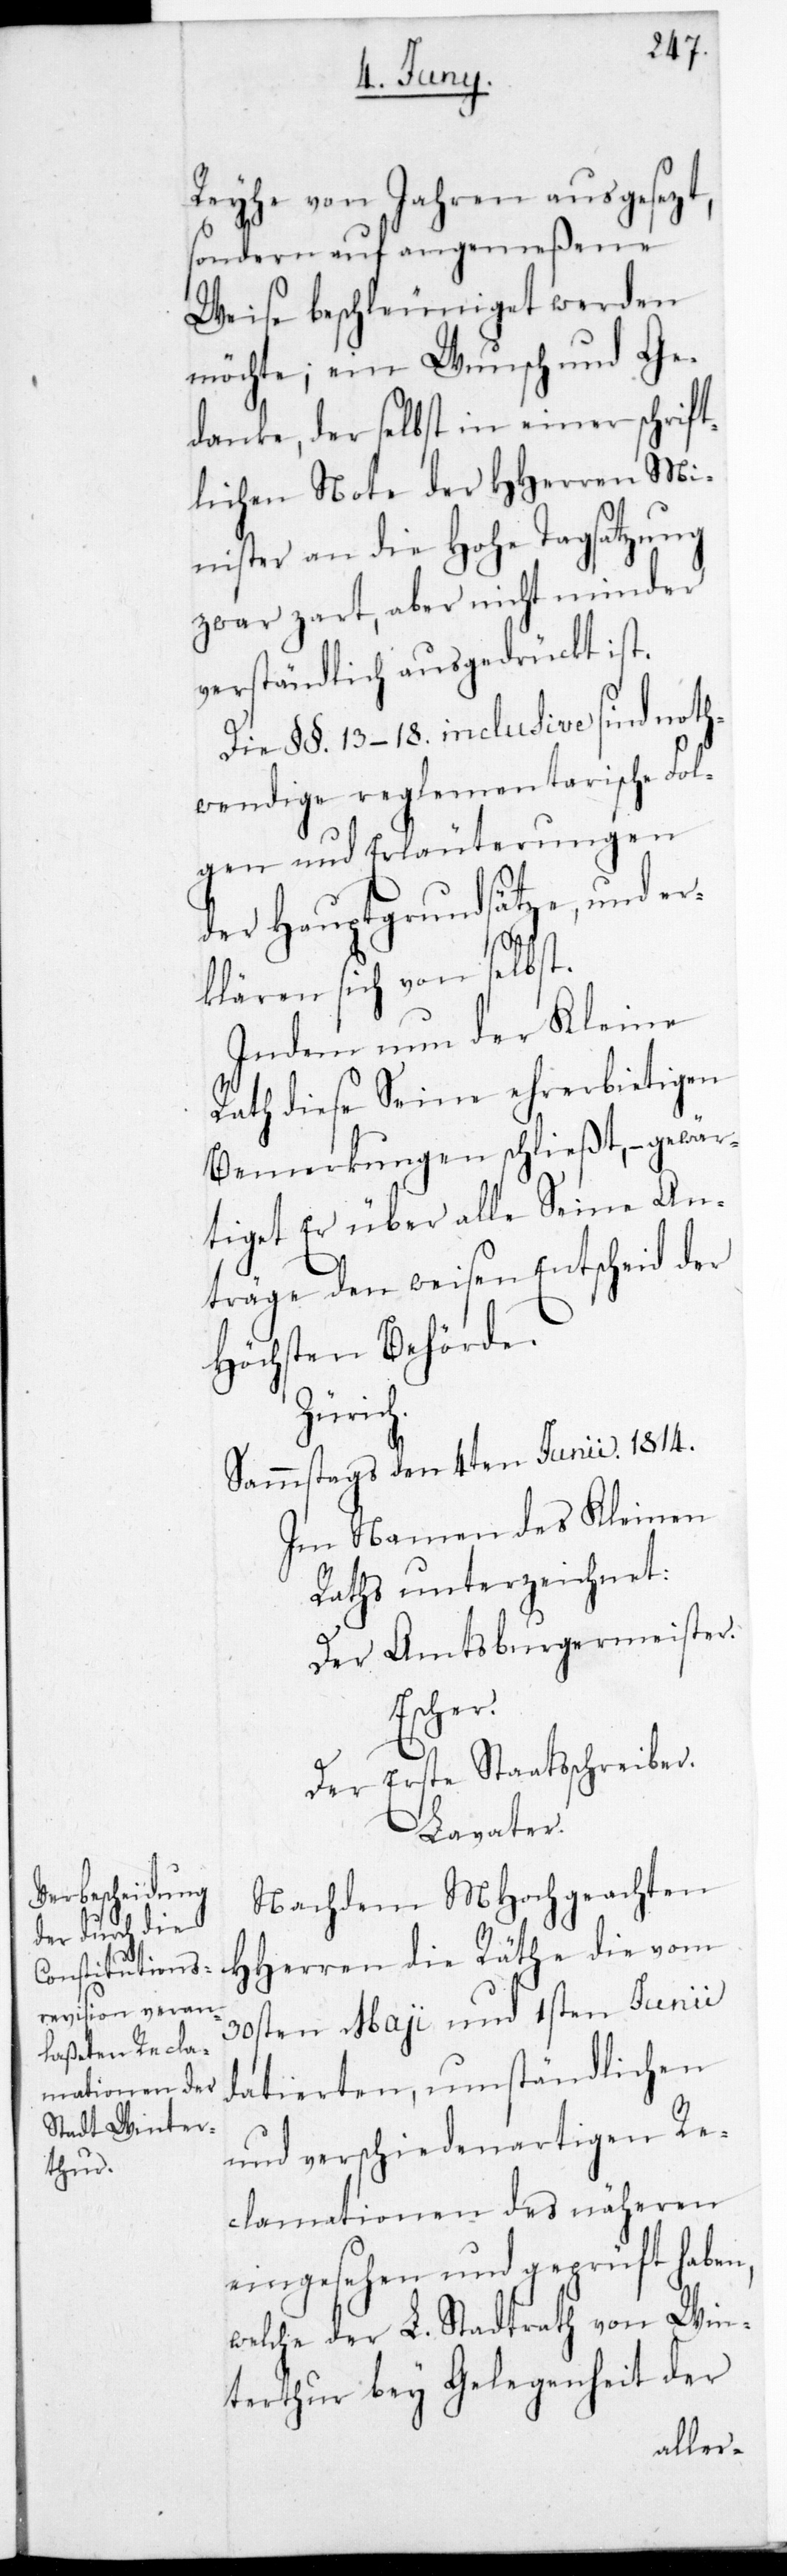
Reyhe von Jahren ausgesezt,
sondern auf angemeßene
Weise beschleuniget werden
möchte, ein Wunsch und Ge¬
danke, der selbst in einer schrif¬
ltichen Note der HHerren Mi¬
nister an die Hohe Tagsatzung
zwar zart, aber nicht minder
verständlich ausgedrückt ist.
Die §§. 13-18. inclusive sind noth¬
wendige reglementarische Fol¬
gen und Erläuterungen
der Hauptgrundsätze, und er¬
klären sich von selbst.
Indem nun der Kleine
Rath diese seine ehrerbietigen
Bemerkungen schließt, – gewär¬
tiget Er über alle Seine An¬
träge den weisen Entscheid der
Höchsten Behörde.
Zürich.
Sammstags den 4ten Junii 1814.
Im Namen des Kleinen
Raths unterzeichnet:
Der Amtsburgermeister.
Escher.
Der Erste Staatsschreiber.
Lavater.
Nachdem MHochgeachten
HHerren die Räthe die vom
30sten May und 1sten Junii
datierten umständlichen
und verschiedenartigen Re¬
clamationen des Näheren
eingesehen und geprüft haben,
welche der L. Stadtrath von Win¬
terthur bey Gelegenheit der